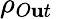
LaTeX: \rho_{O\mathbf{u}t}\,